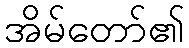
အိမ်တော်၏